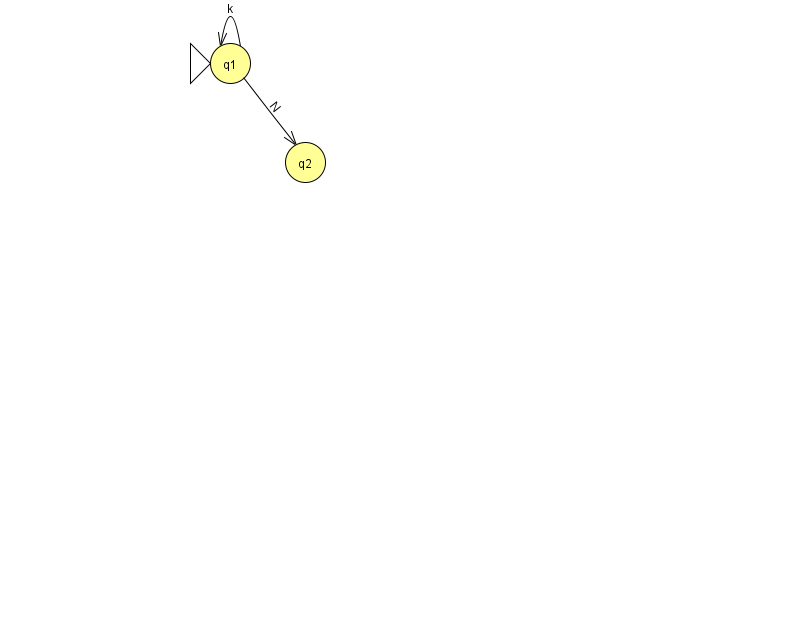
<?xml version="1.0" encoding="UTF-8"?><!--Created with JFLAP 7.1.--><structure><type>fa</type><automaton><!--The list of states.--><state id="1" name="q1"><x>230.0</x><y>50.0</y><initial/></state><state id="2" name="q2"><x>305.0</x><y>149.0</y></state><!--The list of transitions.--><transition><from>1</from><to>2</to><read>N</read></transition><transition><from>1</from><to>1</to><read>k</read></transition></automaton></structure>